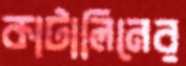
কাটালিনের